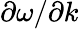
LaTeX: \partial\omega/\partial k